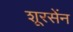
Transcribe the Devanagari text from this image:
शूरसेंन